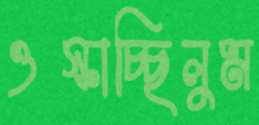
ওস্‌কাচ্ছিলুম